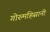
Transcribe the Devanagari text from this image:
गोरुमहिसानी